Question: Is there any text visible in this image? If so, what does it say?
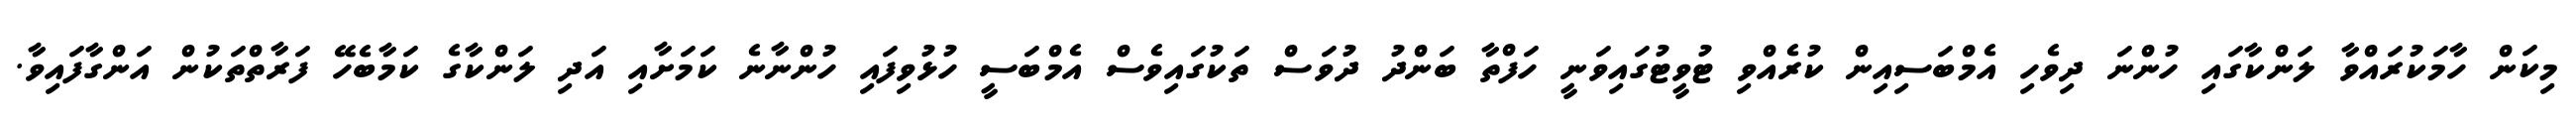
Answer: މިކަން ހާމަކުރައްވާ ލަންކާގައި ހުންނަ ދިވެހި އެމްބަސިއިން ކުރެއްވި ޓުވީޓުގައިވަނީ ހަފްތާ ބަންދު ދުވަސް ތަކުގައިވެސް އެމްބަސީ ހުޅުވިފައި ހުންނާނެ ކަމަށާއި އަދި ލަންކާގެ ކަމާބެހޭ ފަރާތްތަކުން އަންގާފައިވާ.